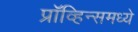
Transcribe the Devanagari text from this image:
प्रॉव्हिन्समध्ये